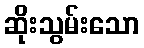
ဆိုးသွမ်းသော